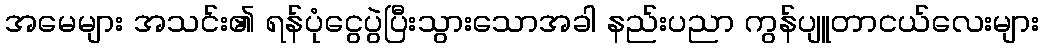
အမေများ အသင်း၏ ရန်ပုံငွေပွဲပြီးသွားသောအခါ နည်းပညာ ကွန်ပျူတာငယ်လေးများ